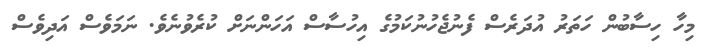
މިހާ ހިސާބުން ހަތަރު އުދަރެސް ފެނުޖެހުނުކަމުގެ އިހުސާސް އަހަންނަށް ކުރެވުނެވެ. ނަމަވެސް އަދިވެސް